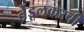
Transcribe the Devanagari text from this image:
तेंडूलकरची